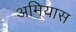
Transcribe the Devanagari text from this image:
अमियास